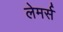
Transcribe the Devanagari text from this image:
लेमर्स